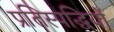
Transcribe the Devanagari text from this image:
प्रतिस्पद्धियों